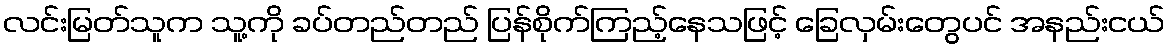
လင်းမြတ်သူက သူ့ကို ခပ်တည်တည် ပြန်စိုက်ကြည့်နေသဖြင့် ခြေလှမ်းတွေပင် အနည်းငယ်